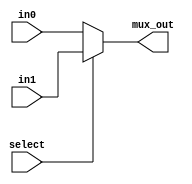
module mux32(in0, in1, select, mux_out);

input [31:0] in0, in1;
input select;
output [31:0] mux_out;

assign mux_out = (select) ? in1 : in0;

endmodule

module mux5(in0, in1, select, mux_out);

input [4:0] in0, in1;
input select ;
output [4:0] mux_out;

assign mux_out = (select) ? in1 : in0;

endmodule